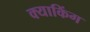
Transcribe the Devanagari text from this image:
क्याकिंग